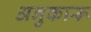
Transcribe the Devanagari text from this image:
अनुकारू